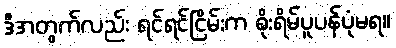
ဒီအတွက်လည်း ရင်ရင်ငြိမ်းက စိုးရိမ်ပူပန်ပုံမရ။